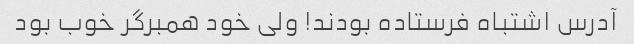
آدرس اشتباه فرستاده بودند! ولی خود همبرگر خوب بود